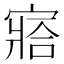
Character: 𡪗